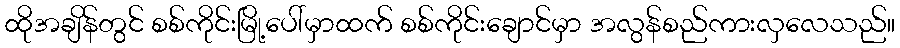
ထိုအချိန်တွင် စစ်ကိုင်းမြို့ပေါ်မှာထက် စစ်ကိုင်းချောင်မှာ အလွန်စည်ကားလှလေသည်။